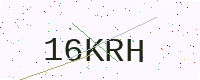
Text: 16KRH